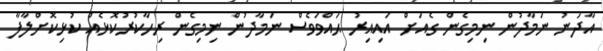
އާދަނު ނަމާދުން ނިމިގެން ގެއަށް އައިއިރު ޙައްވަވެސް ނަމާދުން ނިމިގެން ރިހާކުރުކޮޅެއް ކުޅިކޮށްލާފާ